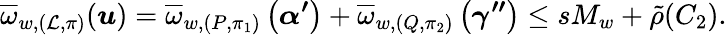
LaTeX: \overline{{\omega}}_{w,(\mathcal{L},\pi)}(\boldsymbol{u})=\overline{{\omega}}_{w,(P,\pi_{1})}\left(\boldsymbol{\alpha^{\prime}}\right)+\overline{{\omega}}_{w,(Q,\pi_{2})}\left(\boldsymbol{\gamma^{\prime\prime}}\right)\leq sM_{w}+\tilde{\rho}(C_{2}).